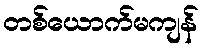
တစ်ယောက်မကျန်